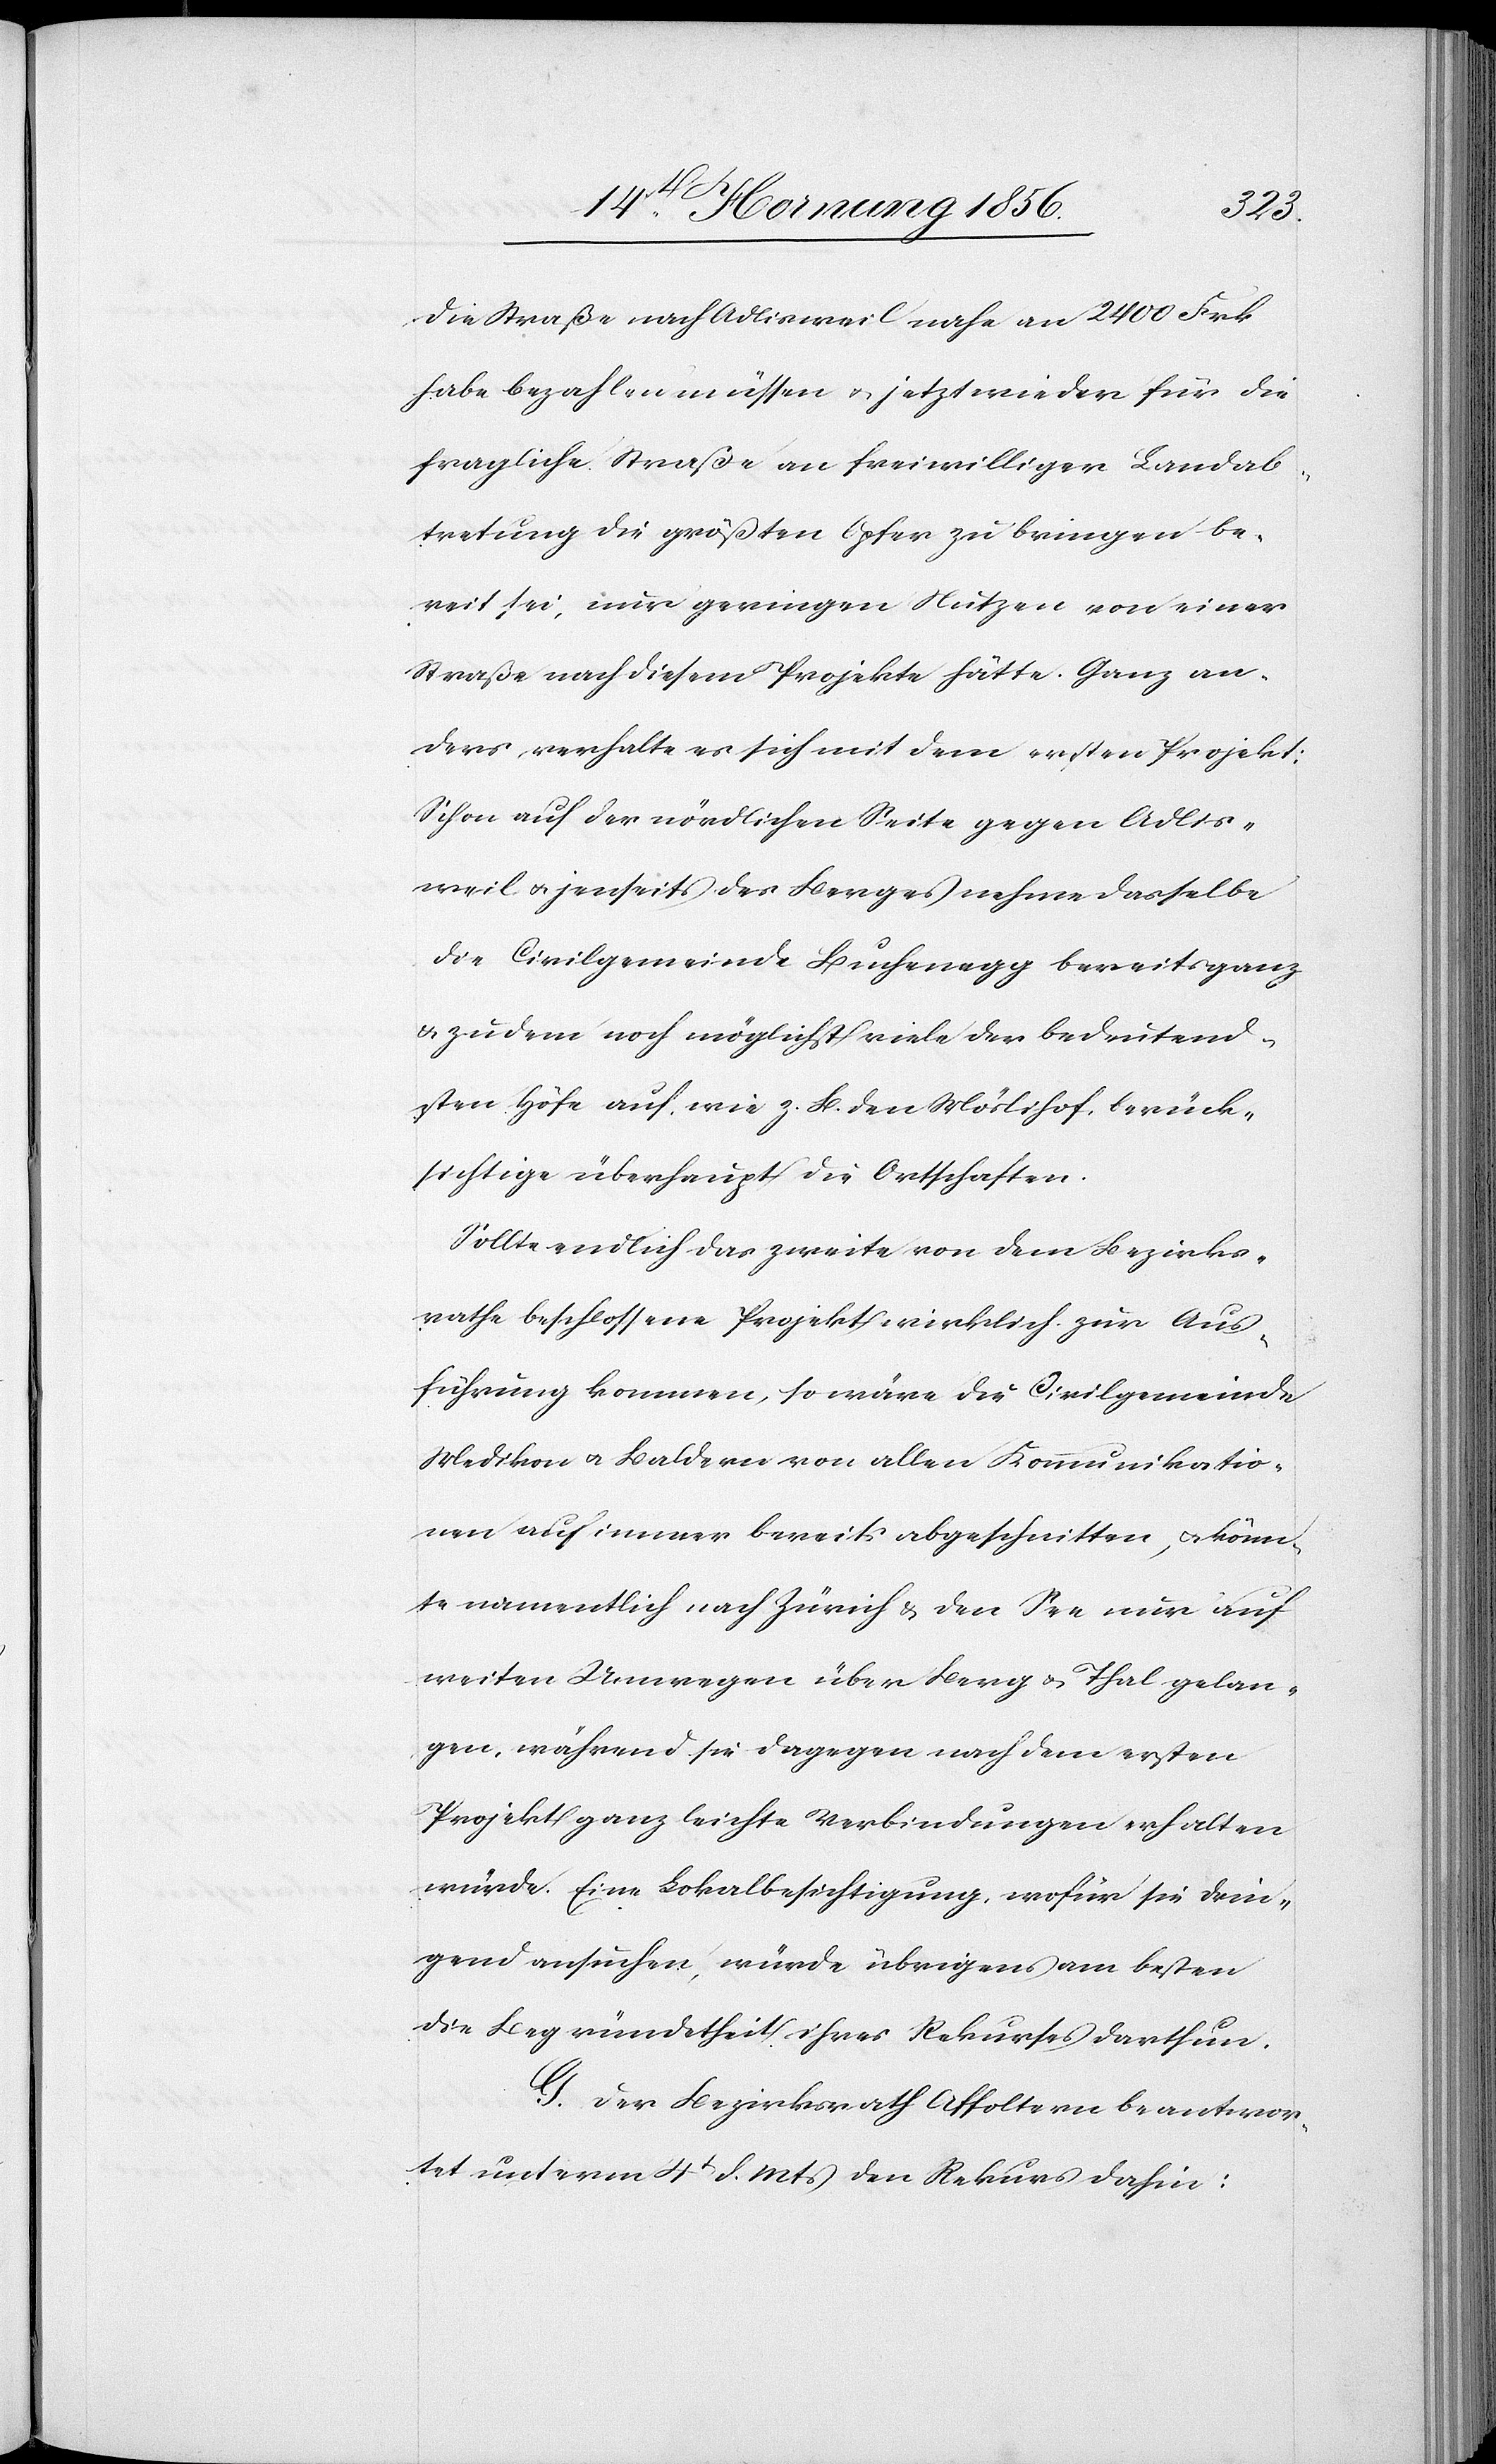
die Straße nach Adlisweil nahe an 2400 Frk
habe bezahlen müssen u. jetzt wieder für die
fragliche Straße an freiwilliger Landab¬
tretung die größten Opfer zu bringen be¬
reit sei, nur geringen Nutzen von einer
Straße nach diesem Projekte hätte. Ganz an¬
ders verhalte es sich mit dem ersten Projekt:
Schon auf der nördlichen Seite gegen Adlis¬
weil u. jenseits des Berges nehme dasselbe
die Civilgemeinde Buchenegg bereits ganz
u. zudem noch möglichst viele der bedeutend¬
sten Höfe auf, wie z. B. den Möslihof, berück¬
sichtige überhaupt die Ortschaften.
Sollte endlich das zweite von dem Bezirks¬
rathe beschlossene Projekt wirklich zur Aus¬
führung kommen, so wäre die Civilgemeinde
Medikon u. Baldern von allen Kommunikatio¬
nen auf immer bereits abgeschnitten, u. könn¬
te namentlich nach Zürich & den See nur auf
weiten Umwegen über Berg & Thal gelan¬
gen, während sie dagegen nach dem ersten
Projekt ganz leichte Verbindungen erhalten
würde. Eine Lokalbesichtigung, wofür sie drin¬
gend ansuchen, würde übrigens am besten
die Begründetheit ihres Rekurses darthun.
G. Der Bezirksrath Affoltern beantwor¬
tet unterm 4t d. Mts den Rekurs dahin: